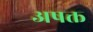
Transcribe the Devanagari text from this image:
अषक्त